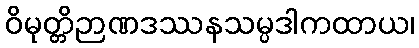
ဝိမုတ္တိဉာဏဒဿနသမ္ပဒါကထာယ၊